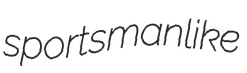
sportsmanlike